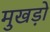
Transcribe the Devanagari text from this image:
मुखड़ों